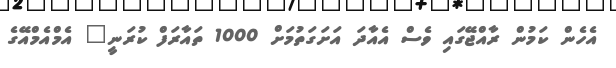
އެހެން ކަމުން ރާއްޖޭގައި ވެސް އެއާދަ އަށަގަތުމަށް 1000 ތައާރަފް ކުރަނީ" އެމްއެމްއޭގެ